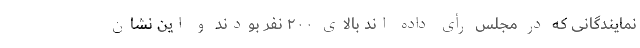
نمایندگانی که در مجلس رأی داده اند بالای ۲۰۰ نفر بودند و این نشان